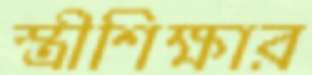
স্ত্রীশিক্ষার